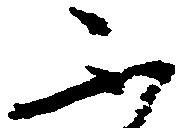
不